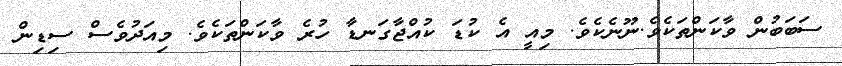
ސަބަބުން ވާކަންތަކެވެ.ނޫނެކެވެ. މިއީ އެ ކުޑަ ކުއްޖާގަނޑާ ހުރެ ވާކަންތަކެވެ. މިއަދުވެސް ސިޑިން